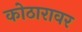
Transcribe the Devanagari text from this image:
कोठारावर